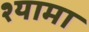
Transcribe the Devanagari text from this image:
श्‍यामा